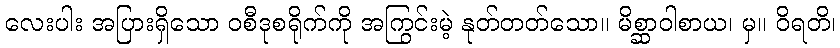
လေးပါး အပြားရှိသော ဝစီဒုစရိုက်ကို အကြွင်းမဲ့ နုတ်တတ်သော။ မိစ္ဆာဝါစာယ၊ မှ။ ဝိရတိ၊